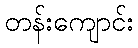
တန်းကျောင်း